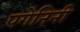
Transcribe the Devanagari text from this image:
पगेनिनी